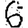
Digit: 6